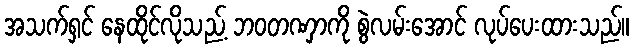
အသက်ရှင် နေထိုင်လိုသည့် ဘဝတဏှာကို စွဲလမ်းအောင် လုပ်ပေးထားသည်။